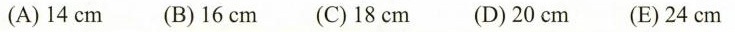
(A)14cm (B)16cm